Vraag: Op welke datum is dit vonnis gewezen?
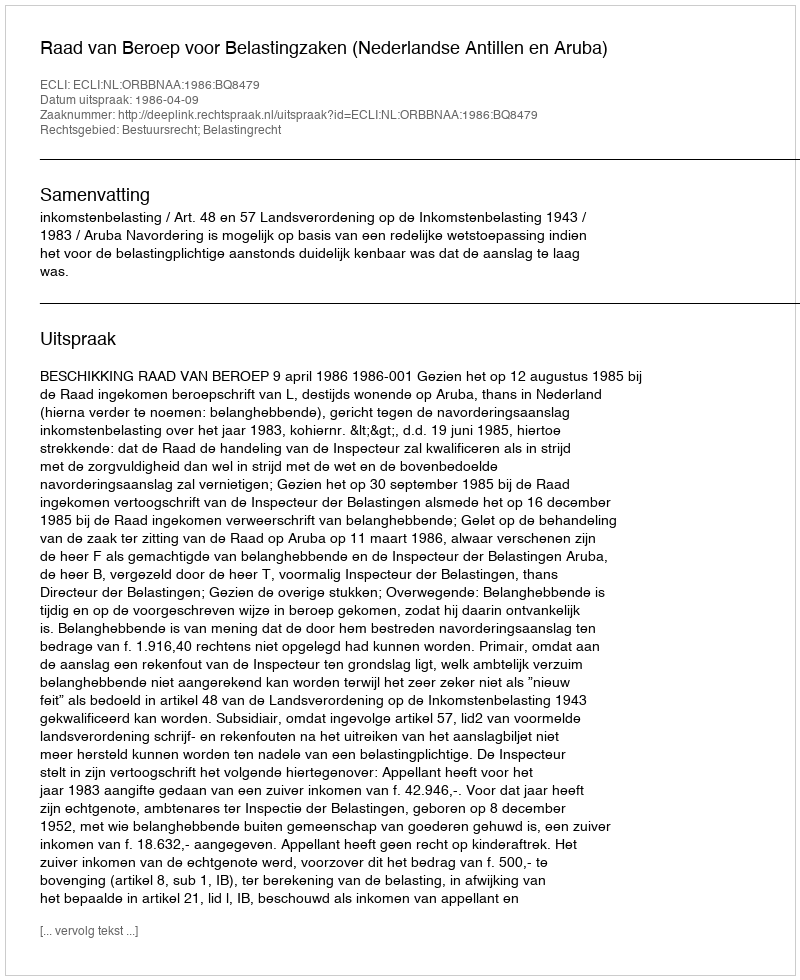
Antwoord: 1986-04-09